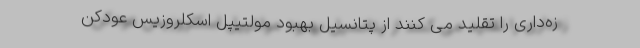
زه‌داری را تقلید می کنند از پتانسیل بهبود مولتیپل اسکلروزیس عودکن